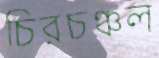
চিরচঞ্চল